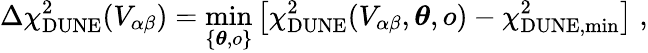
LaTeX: \Delta\chi_{\mathrm{DUNE}}^{2}(V_{\alpha\beta})=\underset{\{ \boldsymbol{\theta},o\} }{\mathrm{min}}\left[\chi_{\mathrm{DUNE}}^{2}(V_{\alpha\beta},\boldsymbol{\theta},o)-\chi_{\mathrm{DUNE,min}}^{2}\right]\; ,